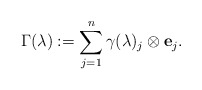
\begin{align*}\Gamma(\lambda) := \sum_{j = 1}^{n} \gamma(\lambda)_{j} \otimes \mathbf{e}_j.\end{align*}